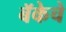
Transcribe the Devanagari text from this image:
बॅकेचे